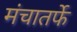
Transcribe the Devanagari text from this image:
मंचातर्फे